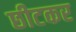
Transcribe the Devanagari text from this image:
छीटकर